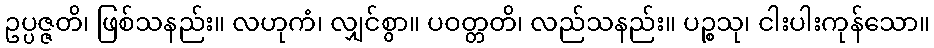
ဥပ္ပဇ္ဇတိ၊ ဖြစ်သနည်း။ လဟုကံ၊ လျှင်စွာ။ ပဝတ္တတိ၊ လည်သနည်း။ ပဉ္စသု၊ ငါးပါးကုန်သော။